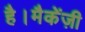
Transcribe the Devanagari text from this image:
है।मैकेंज़ी